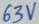
Text: 63V